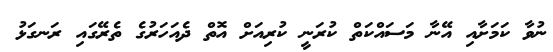
ނުވާ ކަމަށާއި އޭނާ މަސައްކަތް ކުރަނީ ކުރިއަށް އޮތް ދެއަހަރުގެ ތެރޭގައި ރަނގަޅު